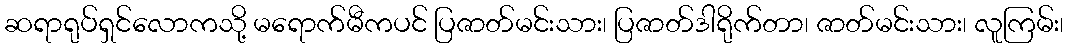
ဆရာရုပ်ရှင်လောကသို့ မရောက်မီကပင် ပြဇာတ်မင်းသား၊ ပြဇာတ်ဒါရိုက်တာ၊ ဇာတ်မင်းသား၊ လူကြမ်း၊